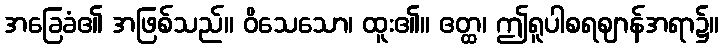
အခြေခံ၏ အဖြစ်သည်။ ဝိသေသော၊ ထူး၏။ ဧတ္ထ၊ ဤရူပါစရဈာန်အရာ၌။